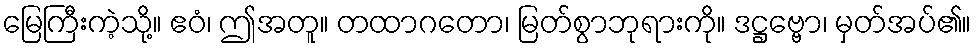
မြေကြီးကဲ့သို့။ ဧဝံ၊ ဤအတူ။ တထာဂတော၊ မြတ်စွာဘုရားကို။ ဒဋ္ဌဗ္ဗော၊ မှတ်အပ်၏။